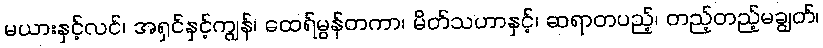
မယားနှင့်လင်၊ အရှင်နှင့်ကျွန်၊ ထေရ်မွန်တကာ၊ မိတ်သဟာနှင့်၊ ဆရာတပည့်၊ တည့်တည့်မချွတ်၊